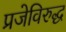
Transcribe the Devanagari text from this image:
प्रजेविरुद्ध